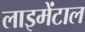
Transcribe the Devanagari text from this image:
लाइमेंटाल